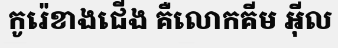
កូរ៉េខាងជើង គឺលោកគីម អ៊ីល